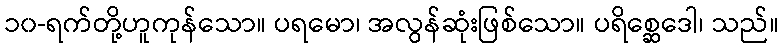
၁၀-ရက်တို့ဟူကုန်သော။ ပရမော၊ အလွန်ဆုံးဖြစ်သော။ ပရိစ္ဆေဒေါ၊ သည်။